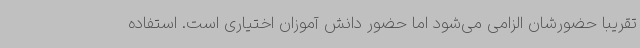
تقریبا حضورشان الزامی می‌شود اما حضور دانش آموزان اختیاری است. استفاده